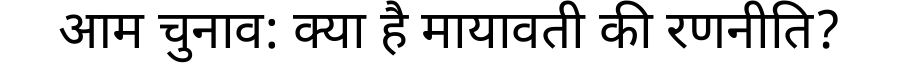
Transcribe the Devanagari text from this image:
आम चुनाव: क्या है मायावती की रणनीति?